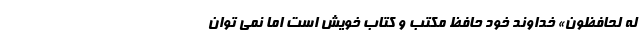
لَهُ لَحافِظُونَ» خداوند خود حافظ مکتب و کتاب خویش است اما نمی توان